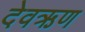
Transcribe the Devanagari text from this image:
देवऋण